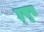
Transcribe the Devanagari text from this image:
ह्सुस